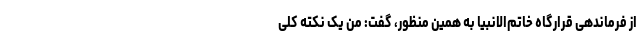
از فرماندهی قرارگاه خاتم‌الانبیا به همین منظور، گفت: من یک نکته کلی